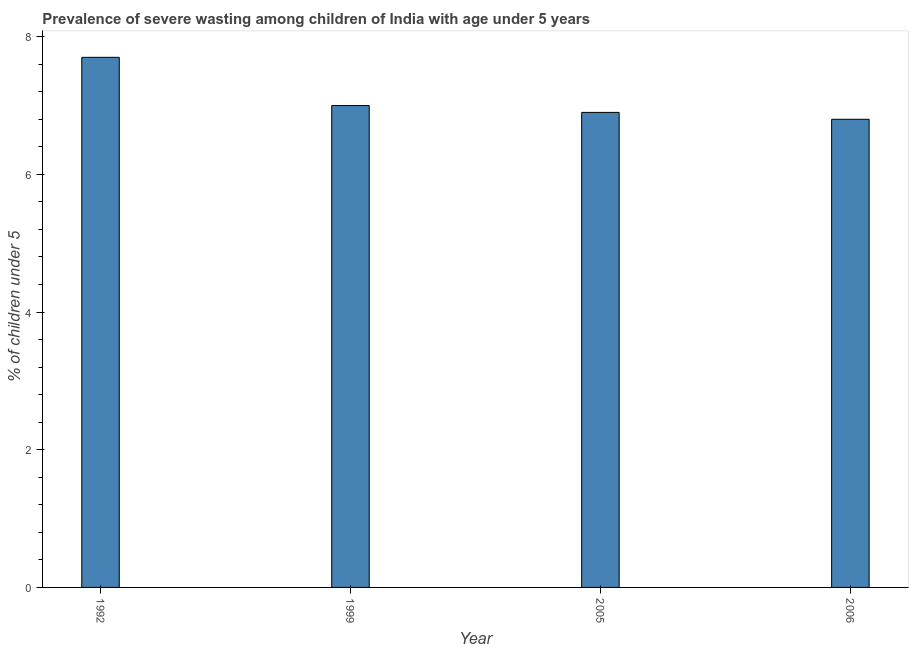
| Year | Prevalence of severe wasting |
 | --- | --- |
 | 1992 | 7.7 |
 | 1999 | 7 |
 | 2005 | 6.9 |
 | 2006 | 6.8 |